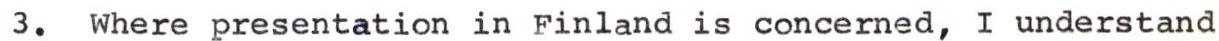
3. Where presentation in Finland is concerned, I understand